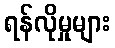
ရန်လိုမှုများ